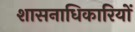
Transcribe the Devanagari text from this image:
शासनाधिकारियों